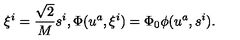
\xi ^ { i } = \frac { \sqrt { 2 } } { M } s ^ { i } , \Phi ( u ^ { a } , \xi ^ { i } ) = \Phi _ { 0 } \phi ( u ^ { a } , s ^ { i } ) .